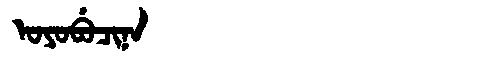
Manchu: ᠣᠶᠣᠪᡠᠴᡳᠨᠠ
Romanization: OYOBUCINA